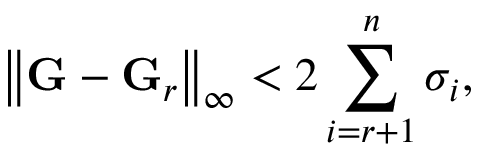
\left\lVert \mathbf { G } - \mathbf { G } _ { r } \right\rVert _ { \infty } < 2 \sum _ { i = r + 1 } ^ { n } \sigma _ { i } ,